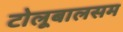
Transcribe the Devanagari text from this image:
टोलूबालसम